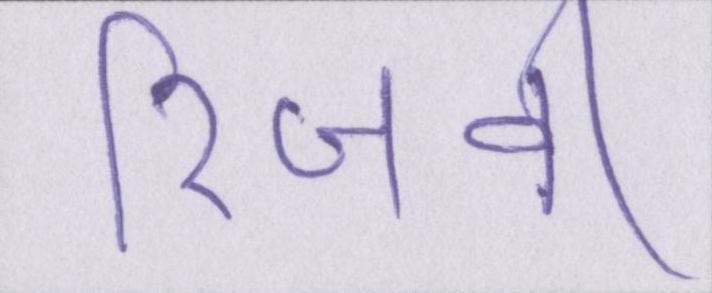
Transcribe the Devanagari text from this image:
रिजवी